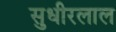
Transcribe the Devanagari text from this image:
सुधीरलाल